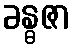
ခန္ဓဇာ